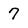
Character: 7